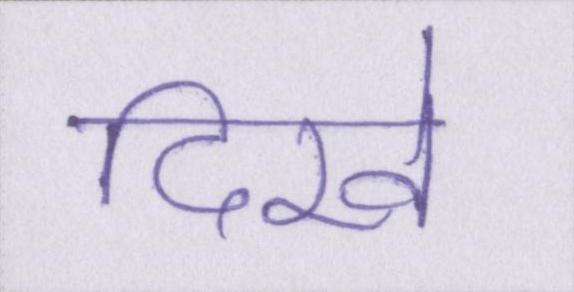
दिखे